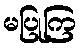
မပြုကြ